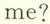
me?